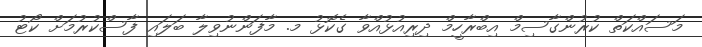
މަސައްކަތް ކުރުންގާސިމް އިބްރާހީމް ދިރިއުޅުއްވާ ގެކޮޅު މ. މާފަންނުވިލާ ބަލައި ފާސްކުރުމަށް ކޯޓު